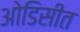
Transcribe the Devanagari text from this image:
ओडिसीत